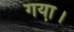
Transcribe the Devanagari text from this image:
गया़।